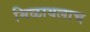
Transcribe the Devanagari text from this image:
मिळायलाच